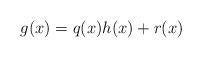
LaTeX: \begin{align*} g(x) = q(x)h(x)+r(x) \end{align*}